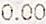
0.00